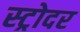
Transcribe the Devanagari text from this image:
स्ट्रोदर